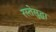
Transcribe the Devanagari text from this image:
रस्तेसुद्धा